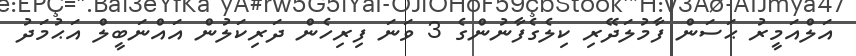
އަލްއަމީރު ޙަސަން ފާމުލަދޭރި ކިލެގެފާނުންގެ 3 ވަނަ ފިރިހެން ދަރިކަލުން އައްނަބީލް އަޙުމަދު